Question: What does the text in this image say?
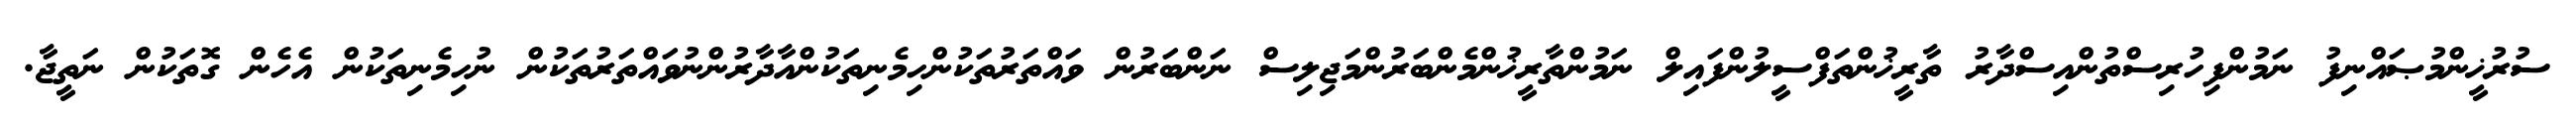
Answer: ސުރުޚީންމުޞައްނިފު ނަމުންފިހުރިސްތުންއިސްދާރު ތާރީޚުންތަފްސީލުންފައިލް ނަމުންތާރީޚުންމެންބަރުންމަޖިލިސް ނަންބަރުން ވައްތަރުތަކުންހިމެނިތަކުންއާދާރުންނުވައްތަރުތަކުން ނުހިމެނިތަކުން އެހެން ގޮތަކުން ނަތީޖާ.